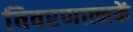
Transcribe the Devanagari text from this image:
विवरणात्मकें